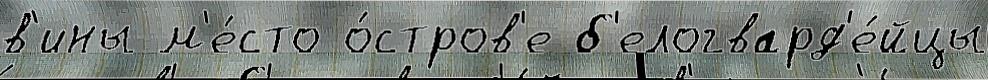
в'ины м'е́сто о́стров'е б'елогвард'е́йцы